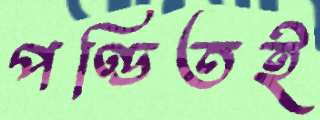
পণ্ডিতই